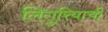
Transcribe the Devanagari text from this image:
लिगुरियाची